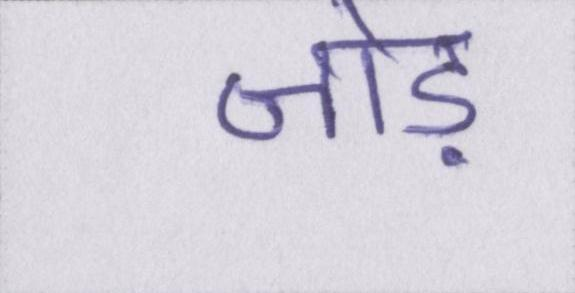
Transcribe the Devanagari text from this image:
जोड़